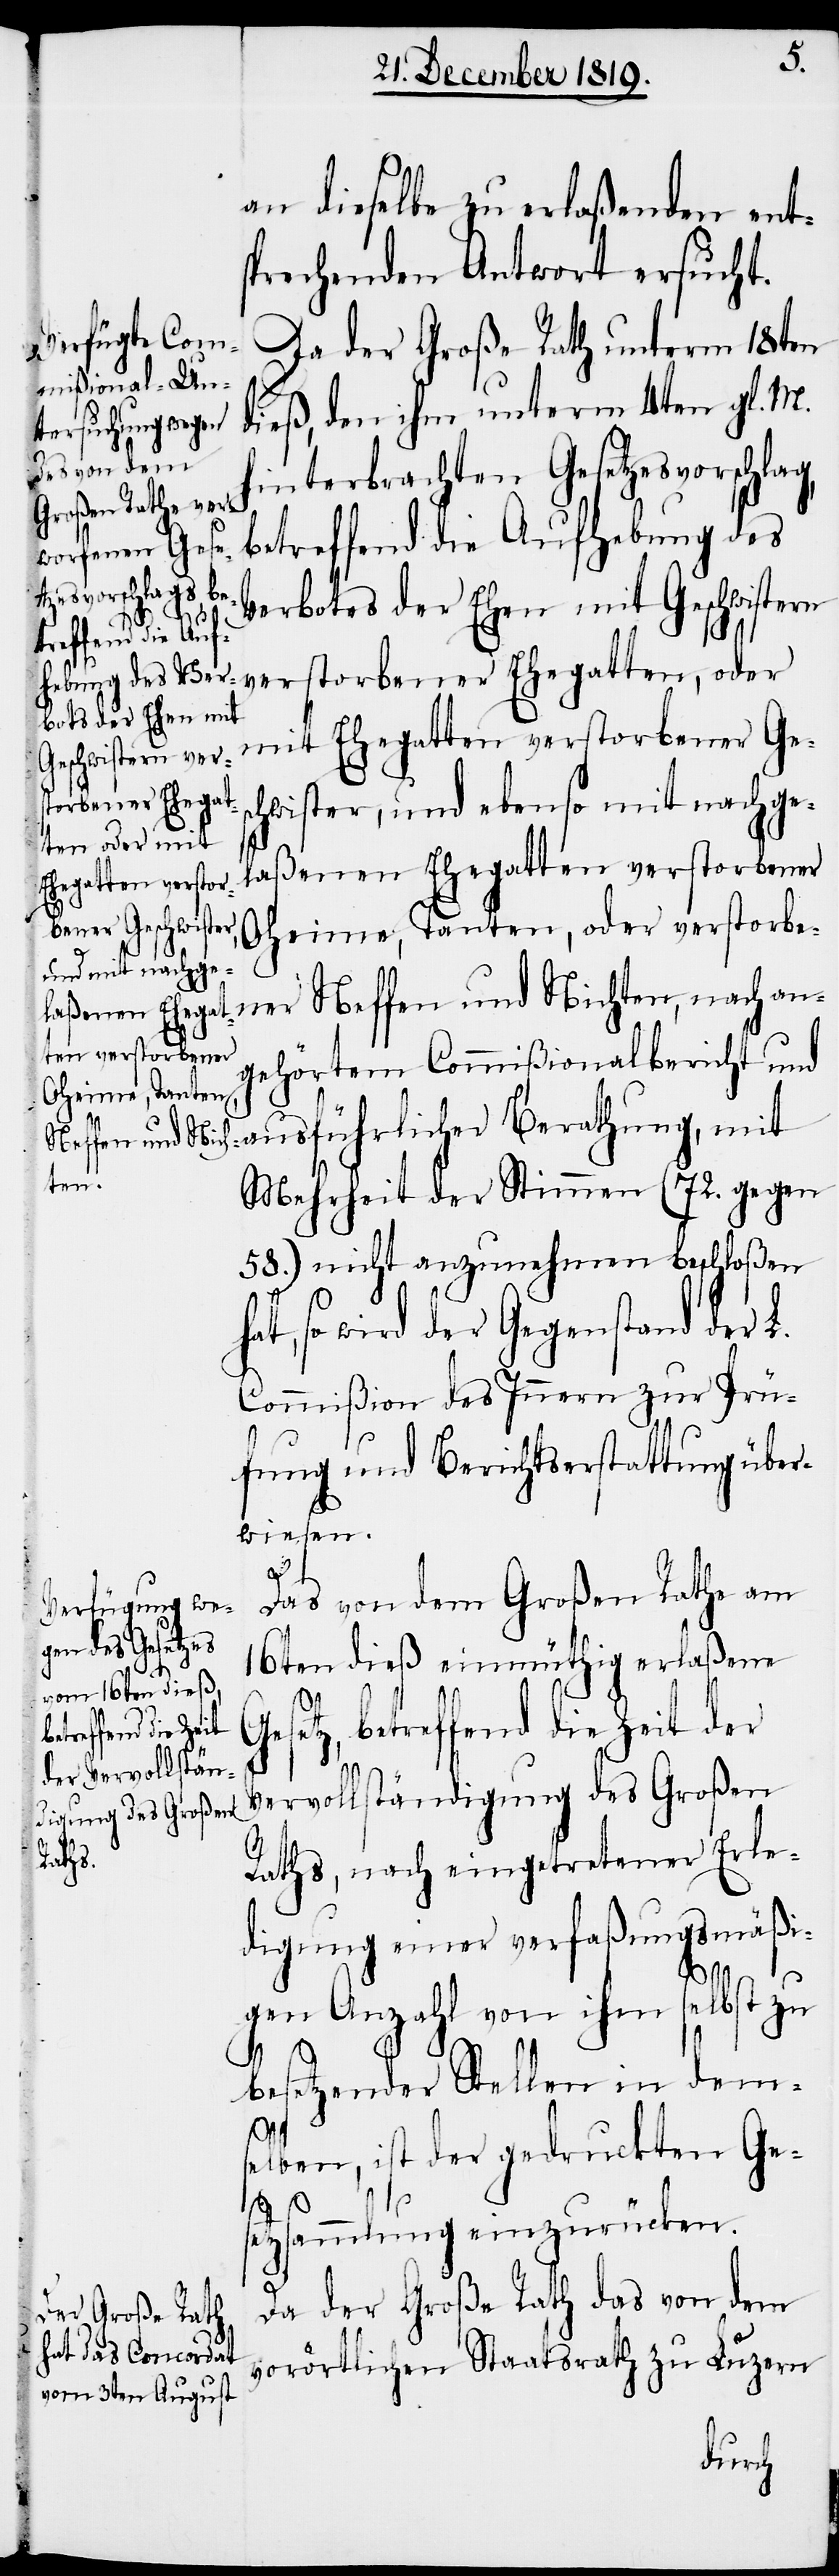
an dieselbe zu erlaßenden ent¬
sprechenden Antwort ersucht.
Da der Große Rath unterm 18ten
dieß, den ihm unterm 4ten gl. M.
hinterbrachten Gesetzesvorschlag,
betreffend die Aufhebung des
Verbotes der Ehen mit Geschwistern
torbener Ehegat¬
chwister, und ebenso mit nachge¬
ten, oder mit
laßenen Ehegatten verstorbener
Ehegatten verstor¬
bener Ges¬
Oheime, Tanten, oder verstorbe¬
ner Neffen und Nichten, nach an¬
gehörtem Commißionalbericht und
ausführlicher Berathung, mit
Mehrheit der Stimmen (72. gegen
58.) nicht anzunehmen beschloßen
hat, so wird der Gegenstand der L.
Commißion des Innern zur Prü¬
fung und Berichtserstattung über¬
wiesen.
Das von dem Großen Rathe am
16ten dieß einmüthig erlaßene
setz, betreffend die Zeit der
Vervollständigung des Großen
Ge¬
vers¬
Raths, nach eingetretener Erle¬
digung einer verfaßungsmäßi¬
gen Anzahl von ihm selbst zu
besetzender Stellen in dems¬
elben, ist der gedruckten Ges¬
etzsammlung einzurücken.
Da der Große Rath das von dem
vorörtlichen Staatsrath zu Luzern